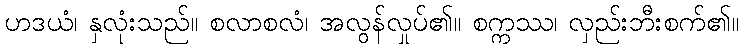
ဟဒယံ၊ နှလုံးသည်။ စလာစလံ၊ အလွန်လှုပ်၏။ စက္ကဿ၊ လှည်းဘီးစက်၏။